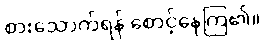
စားသောက်ရန် စောင့်နေကြ၏။